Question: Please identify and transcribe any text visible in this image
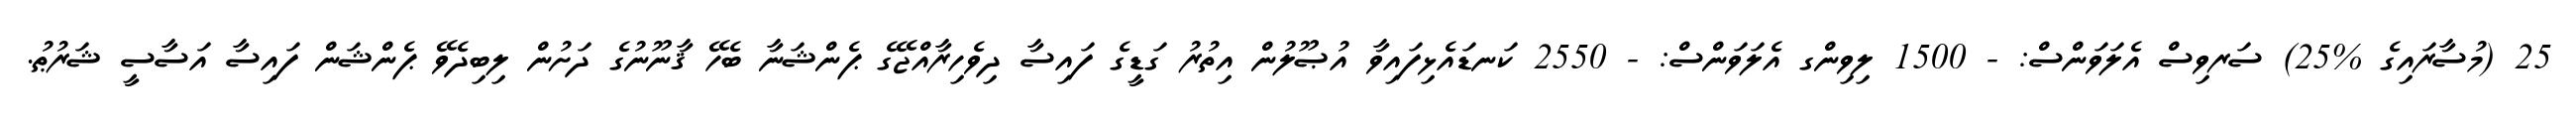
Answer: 25 (މުސާރައިގެ %25) ސަރވިސް އެލަވަންސް: - 1500 ލިވިންގ އެލަވަންސް: - 2550 ކަނޑައެޅިފައިވާ އުޞޫލުން އިތުރު ގަޑީގެ ފައިސާ ދިވެހިރާއްޖޭގެ ޕެންޝަނާ ބެހޭ ޤާނޫނުގެ ދަށުން ލިބިދެވޭ ޕެންޝަން ފައިސާ އަސާސީ ޝަރުޠު.